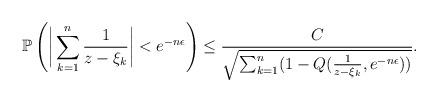
LaTeX: \begin{align*}\mathbb{P}\left(\bigg|\sum\limits_{k=1}^{n}\frac{1}{z-\xi_k}\bigg|<e^{-n\epsilon}\right) \leq \frac{C}{\sqrt{\sum_{k=1}^{n}(1-Q(\frac{1}{z-\xi_k},e^{-n\epsilon}))}}.\end{align*}